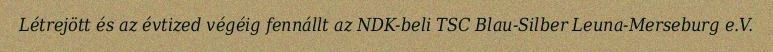
Létrejött és az évtized végéig fennállt az NDK-beli TSC Blau-Silber Leuna-Merseburg e.V.